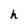
Character: h